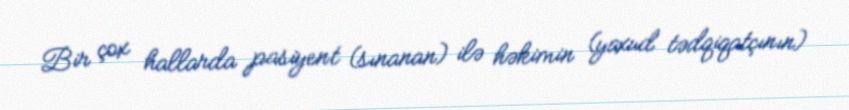
Bir çox hallarda pasiyent (sınanan) ilə həkimin (yaxud tədqiqatçının)